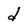
Character: d